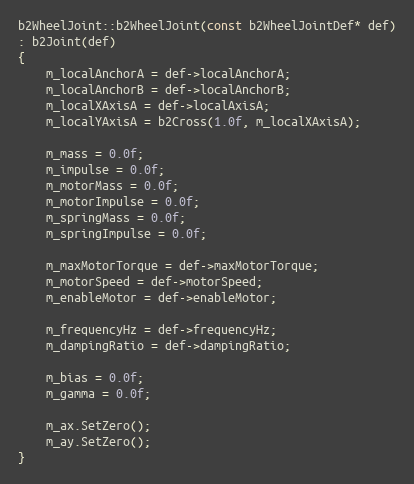
Language: C++
b2WheelJoint::b2WheelJoint(const b2WheelJointDef* def)
: b2Joint(def)
{
	m_localAnchorA = def->localAnchorA;
	m_localAnchorB = def->localAnchorB;
	m_localXAxisA = def->localAxisA;
	m_localYAxisA = b2Cross(1.0f, m_localXAxisA);

	m_mass = 0.0f;
	m_impulse = 0.0f;
	m_motorMass = 0.0f;
	m_motorImpulse = 0.0f;
	m_springMass = 0.0f;
	m_springImpulse = 0.0f;

	m_maxMotorTorque = def->maxMotorTorque;
	m_motorSpeed = def->motorSpeed;
	m_enableMotor = def->enableMotor;

	m_frequencyHz = def->frequencyHz;
	m_dampingRatio = def->dampingRatio;

	m_bias = 0.0f;
	m_gamma = 0.0f;

	m_ax.SetZero();
	m_ay.SetZero();
}